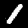
Label: 1